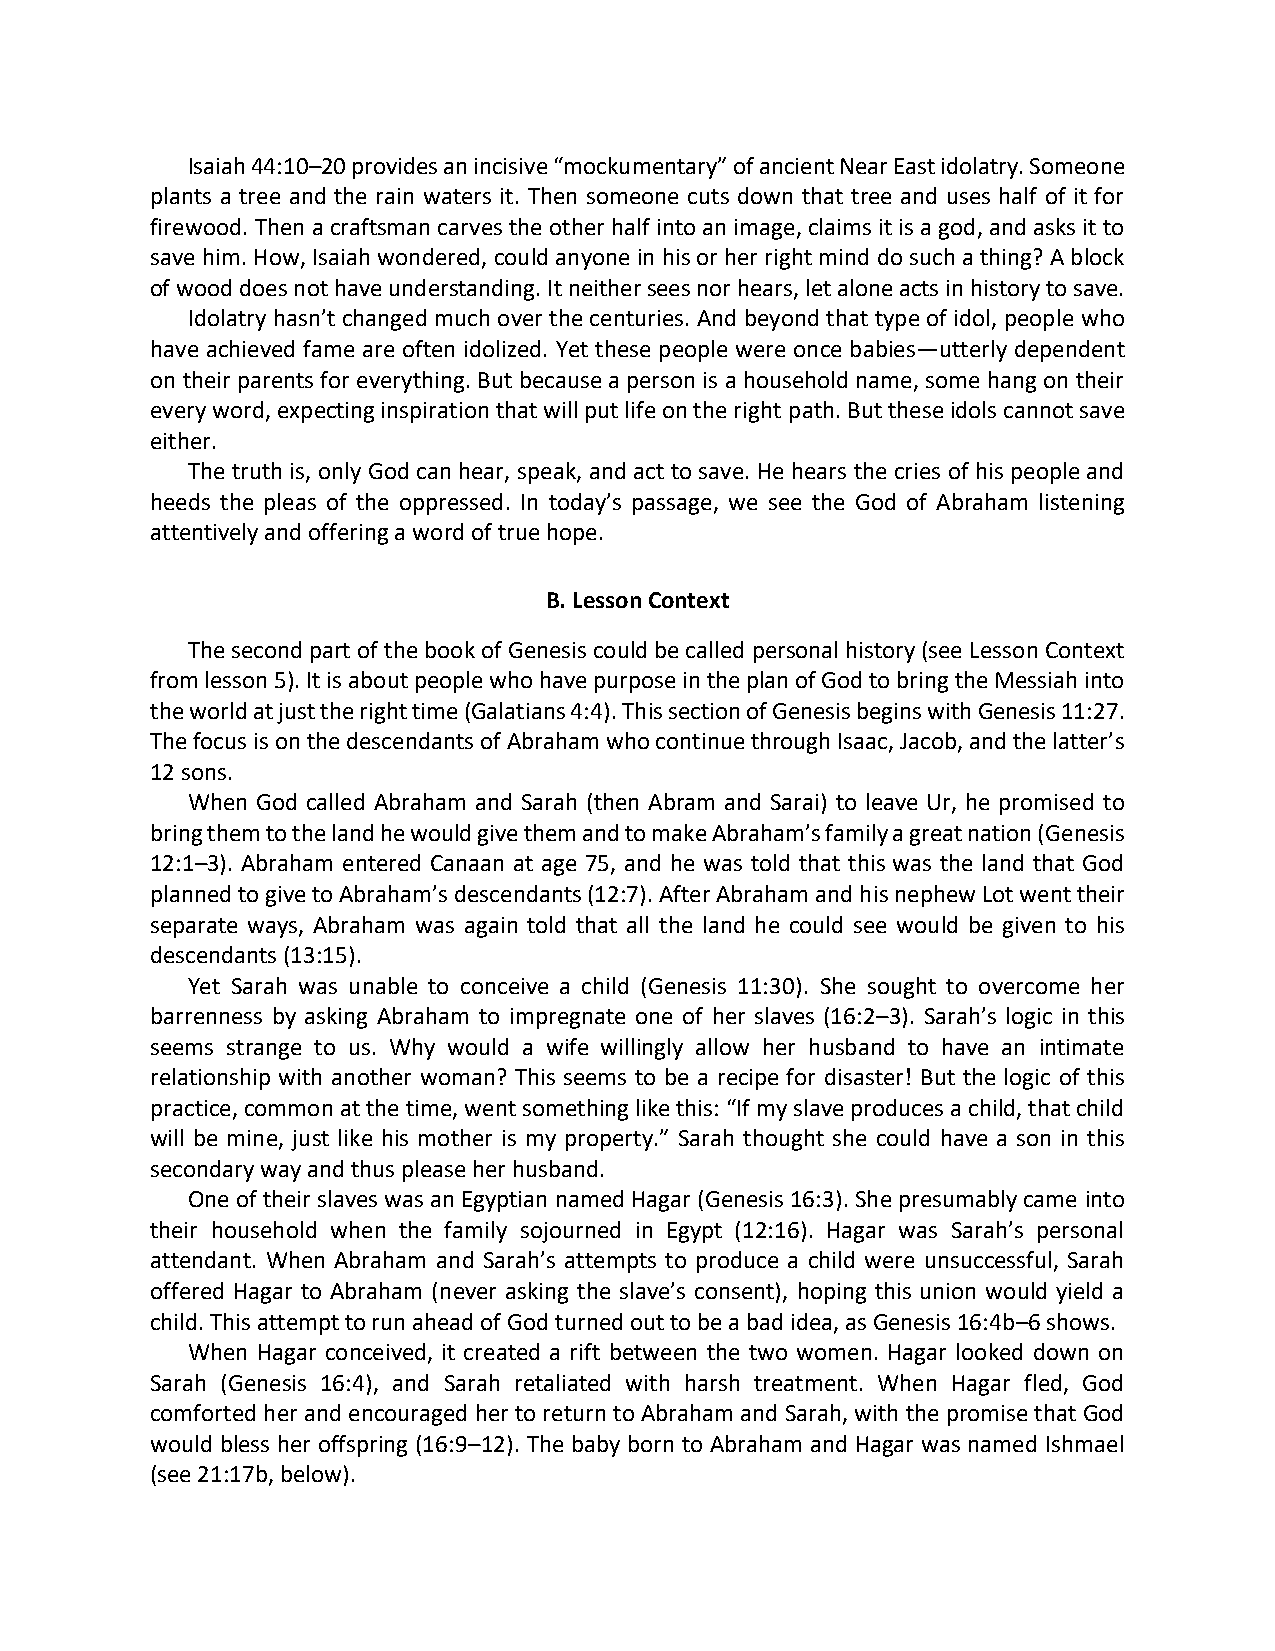
Isaiah 44:10–20 provides an incisive “mockumentary” of ancient Near East idolatry. Someone
 plants a tree and the rain waters it. Then someone cuts down that tree and uses half of it for
 firewood. Then a craftsman carves the other half into an image, claims it is a god, and asks it to
 save him. How, Isaiah wondered, could anyone in his or her right mind do such a thing? A block
 of wood does not have understanding. It neither sees nor hears, let alone acts in history to save.
 Idolatry hasn’t changed much over the centuries. And beyond that type of idol, people who
 have achieved fame are often idolized. Yet these people were once babies—utterly dependent
 on their parents for everything. But because a person is a household name, some hang on their
 every word, expecting inspiration that will put life on the right path. But these idols cannot save
 either.
 The truth is, only God can hear, speak, and act to save. He hears the cries of his people and
 heeds the pleas of the oppressed. In today’s passage, we see the God of Abraham listening
 attentively and offering a word of true hope.
 B. Lesson Context
 The second part of the book of Genesis could be called personal history (see Lesson Context
 from lesson 5). It is about people who have purpose in the plan of God to bring the Messiah into
 the world at just the right time (Galatians 4:4). This section of Genesis begins with Genesis 11:27.
 The focus is on the descendants of Abraham who continue through Isaac, Jacob, and the latter’s
 12 sons.
 When God called Abraham and Sarah (then Abram and Sarai) to leave Ur, he promised to
 bring them to the land he would give them and to make Abraham’s family a great nation (Genesis
 12:1–3). Abraham entered Canaan at age 75, and he was told that this was the land that God
 planned to give to Abraham’s descendants (12:7). After Abraham and his nephew Lot went their
 separate ways, Abraham was again told that all the land he could see would be given to his
 descendants (13:15).
 Yet Sarah was unable to conceive a child (Genesis 11:30). She sought to overcome her
 barrenness by asking Abraham to impregnate one of her slaves (16:2–3). Sarah’s logic in this
 seems strange to us. Why would a wife willingly allow her husband to have an intimate
 relationship with another woman? This seems to be a recipe for disaster! But the logic of this
 practice, common at the time, went something like this: “If my slave produces a child, that child
 will be mine, just like his mother is my property.” Sarah thought she could have a son in this
 secondary way and thus please her husband.
 One of their slaves was an Egyptian named Hagar (Genesis 16:3). She presumably came into
 their household when the family sojourned in Egypt (12:16). Hagar was Sarah’s personal
 attendant. When Abraham and Sarah’s attempts to produce a child were unsuccessful, Sarah
 offered Hagar to Abraham (never asking the slave’s consent), hoping this union would yield a
 child. This attempt to run ahead of God turned out to be a bad idea, as Genesis 16:4b–6 shows.
 When Hagar conceived, it created a rift between the two women. Hagar looked down on
 Sarah (Genesis 16:4), and Sarah retaliated with harsh treatment. When Hagar fled, God
 comforted her and encouraged her to return to Abraham and Sarah, with the promise that God
 would bless her offspring (16:9–12). The baby born to Abraham and Hagar was named Ishmael
 (see 21:17b, below).